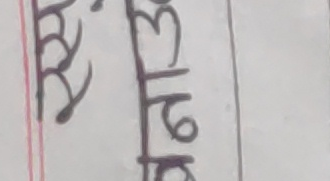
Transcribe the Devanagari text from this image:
माघ ३